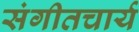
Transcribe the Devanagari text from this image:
संगीतचार्य